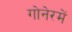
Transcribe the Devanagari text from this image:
गोनेरमें